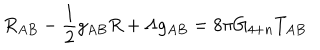
LaTeX: R _ { A B } - \frac { 1 } { 2 } g _ { A B } R + \Lambda g _ { A B } = 8 \pi G _ { 4 + n } T _ { A B }